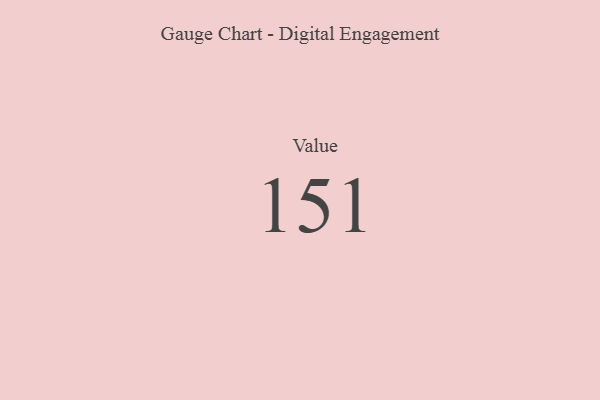
{"axis": {"x": "Metric", "y": "Value"}, "legend": [""], "data": [{"x": "Value", "y": 151, "type": ""}]}